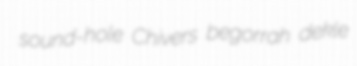
sound-hole Chivers begorrah dekle